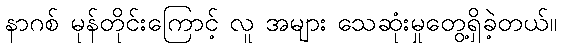
နာဂစ် မုန်တိုင်းကြောင့် လူ အများ သေဆုံးမှုတွေ့ရှိခဲ့တယ်။